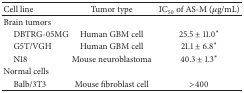
| Cell line | Tumor type | IC50 of AS-M (μg/mL) |
 | --- | --- | --- |
 | Brain tumors |  |  |
 | DBTRG-05MG | Human GBM cell | 25.5 ± 11.0* |
 | G5T/VGH | Human GBM cell | 21.1 ± 6.8* |
 | N18 | Mouse neuroblastoma | 40.3 ± 1.3* |
 | Normal cells |  |  |
 | Balb/3T3 | Mouse fibroblast cell | >400 |